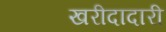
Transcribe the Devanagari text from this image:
खरीदादारी